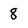
Character: 8